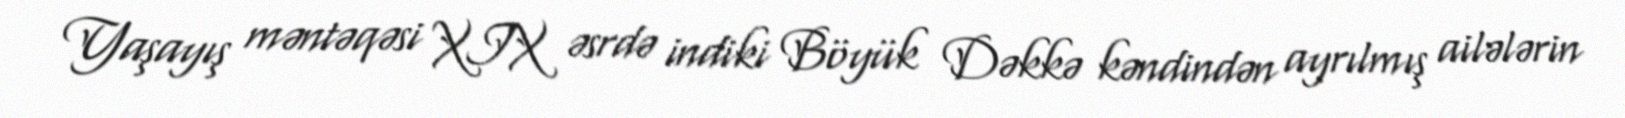
Yaşayış məntəqəsi XIX əsrdə indiki Böyük Dəkkə kəndindən ayrılmış ailələrin